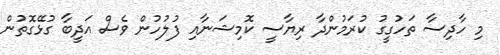
މި ހާދިސާ ތަހުގީގު ކުރަމުންދާ ރިޔާސީ ކޮމިޝަނާއި ފުލުހުން ވެސް އަދީބާ ގުޅޭގޮތުން